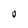
Character: O